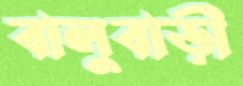
বালুবাড়ী